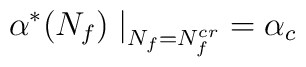
\alpha^* (N_f) \left. \right|_{N_f = N_f^{cr}} = \alpha_c